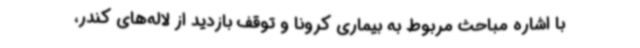
با اشاره مباحث مربوط به بیماری کرونا و توقف بازدید از لاله‌های کندر،